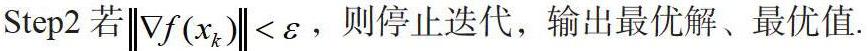
Step2 若$\|\nabla f(x_k)\|<\varepsilon$，则停止迭代，输出最优解、最优值.